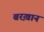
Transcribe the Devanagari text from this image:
बरख़ान